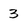
Character: 3